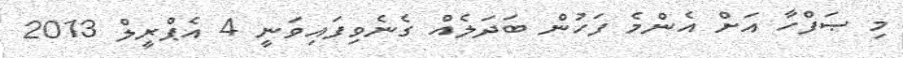
މި ޞަފްހާ އަށް އެންމެ ފަހުން ބަދަލެއް ގެނެވިފައިވަނީ 4 އެޕްރީލް 2013